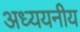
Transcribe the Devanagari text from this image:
अध्ययनीय